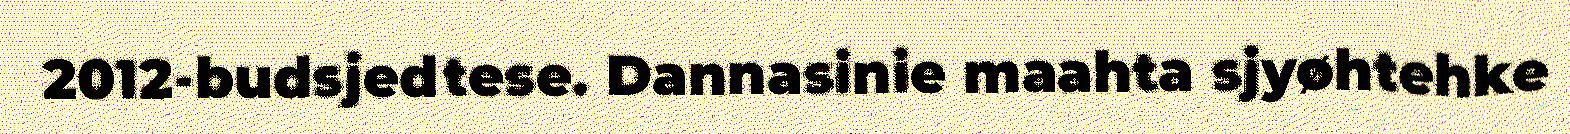
2012-budsjedtese. Dannasinie maahta sjyøhtehke